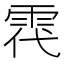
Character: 𩂠